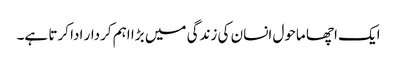
ایک اچھا ماحول انسان کی زندگی میں بڑا اہم کردار ادا کرتا ہے۔